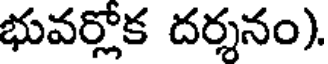
భువర్లోక దర్శనం).